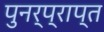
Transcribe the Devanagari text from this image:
पुनर्प्राप्‍त